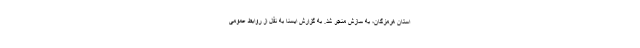
استان هرمزگان، به سازش منجر شد. به گزارش ایسنا به نقل از روابط عمومی